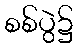
စစ်ပွဲ၌